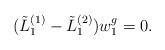
LaTeX: \begin{align*}(\tilde L_1^{(1)}-\tilde L_1^{(2)})w_1^g=0.\end{align*}